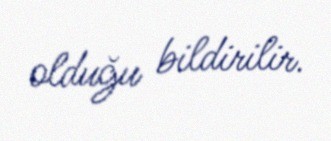
olduğu bildirilir.